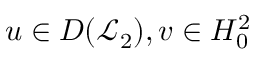
u \in D ( \mathcal { L } _ { 2 } ) , v \in H _ { 0 } ^ { 2 }